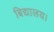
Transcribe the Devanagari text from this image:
बिद्यालय।